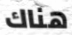
هناك